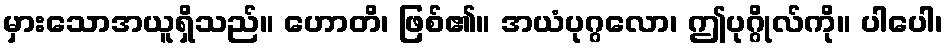
မှားသောအယူရှိသည်။ ဟောတိ၊ ဖြစ်၏။ အယံပုဂ္ဂလော၊ ဤပုဂ္ဂိုလ်ကို။ ပါပေါ၊